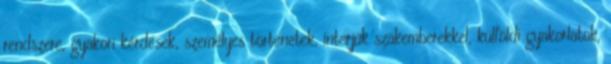
rendszere, gyakori kérdések, személyes történetek, interjúk szakemberekkel, külföldi gyakorlatok,